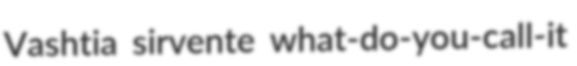
Vashtia sirvente what-do-you-call-it